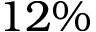
1 2 \%